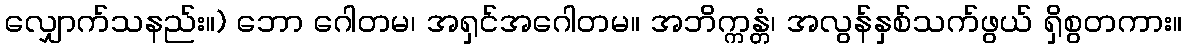
လျှောက်သနည်း။) ဘော ဂေါတမ၊ အရှင်အဂေါတမ။ အဘိက္ကန္တံ၊ အလွန်နှစ်သက်ဖွယ် ရှိစွတကား။